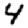
Digit: 4